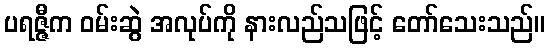
ပရဇ္ဇီက ဝမ်းဆွဲ အလုပ်ကို နားလည်သဖြင့် တော်သေးသည်။